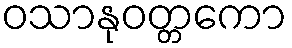
ဝသာနုဝတ္တကော